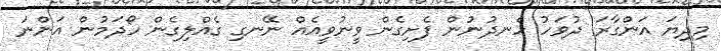
މިދިޔަ އަންގާރަ ދުވަހު ހެނދުނުން ފެށިގެން ވީނުވީއެއް ނޭނގި ގެއްލިގެން ހޯދަމުން އަންނަ